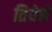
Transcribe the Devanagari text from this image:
तियेने